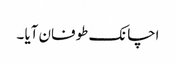
اچانک طوفان آیا ۔